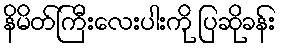
နိမိတ်ကြီးလေးပါးကို ပြဆိုခန်း